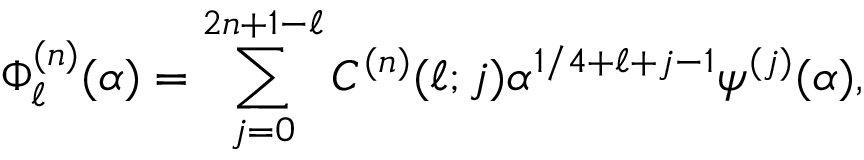
\Phi _ { \ell } ^ { ( n ) } ( \alpha ) = \sum _ { j = 0 } ^ { 2 n + 1 - \ell } C ^ { ( n ) } ( \ell ; j ) \alpha ^ { 1 / 4 + \ell + j - 1 } \psi ^ { ( j ) } ( \alpha ) ,